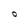
Character: O